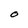
Character: O